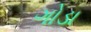
ગોડા